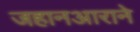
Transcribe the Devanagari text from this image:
जहानआराने